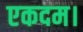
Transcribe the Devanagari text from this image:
एकदम।